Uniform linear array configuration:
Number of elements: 16
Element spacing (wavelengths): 1
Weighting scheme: binomial
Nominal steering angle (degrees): -30
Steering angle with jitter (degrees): -31.187
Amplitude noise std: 0.05
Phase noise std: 0.05

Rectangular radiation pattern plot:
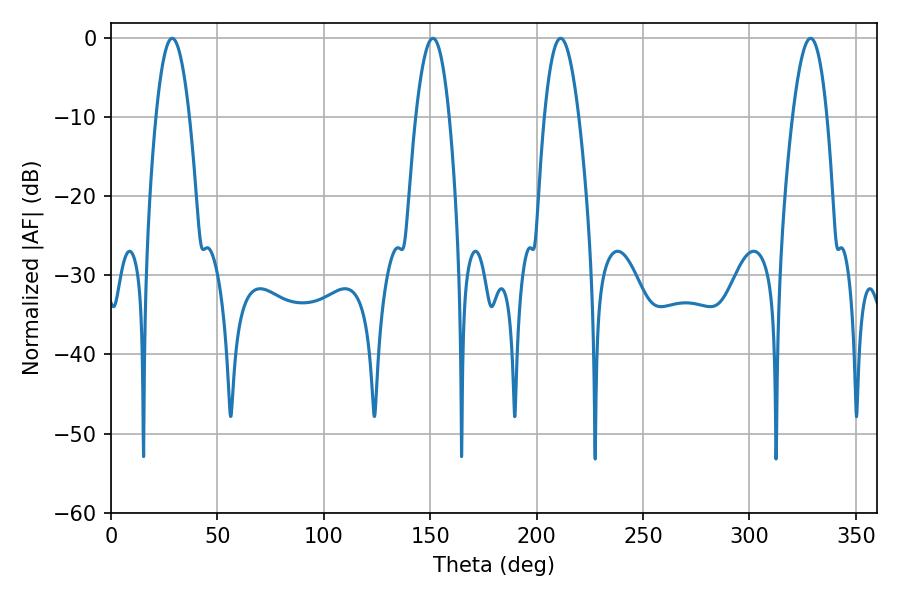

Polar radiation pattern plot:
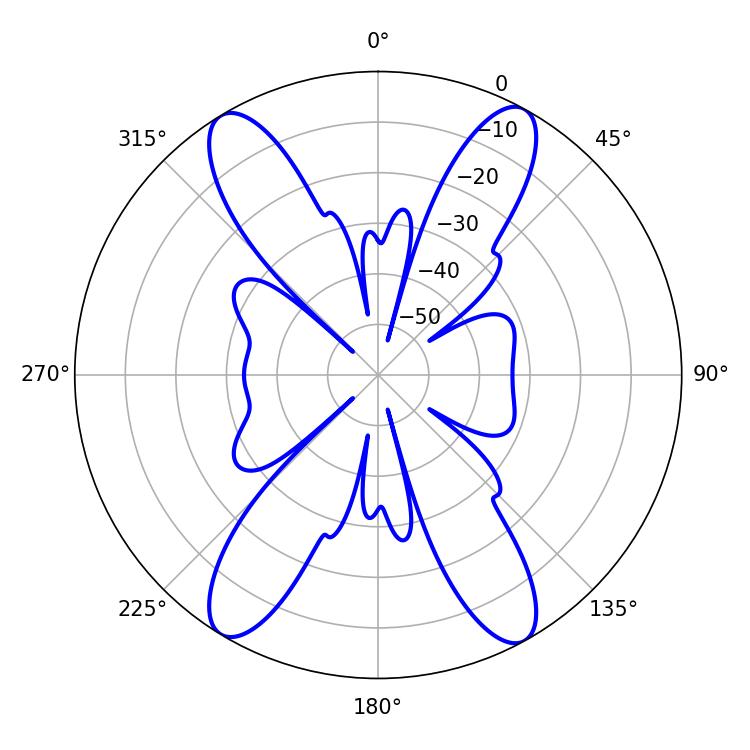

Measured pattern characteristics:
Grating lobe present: TRUE
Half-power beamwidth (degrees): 8.82
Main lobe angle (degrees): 211.32